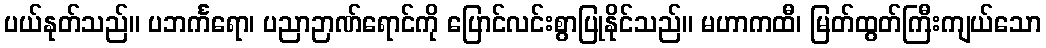
ပယ်နုတ်သည်။ ပဘင်္ကရော၊ ပညာဉာဏ်ရောင်ကို ပြောင်လင်းစွာပြုနိုင်သည်။ မဟာကထီ၊ မြတ်ထွတ်ကြီးကျယ်သော